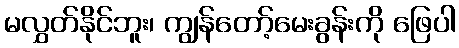
မလွှတ်နိုင်ဘူး၊ ကျွန်တော့်မေးခွန်းကို ဖြေပါ